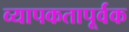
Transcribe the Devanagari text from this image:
व्यापकतापूर्वक